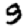
Digit: 9